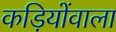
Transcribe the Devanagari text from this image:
कड़ियोंवाला